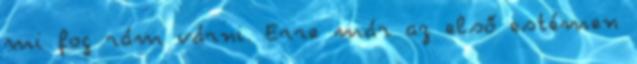
mi fog rám várni. Erre már az első estémen